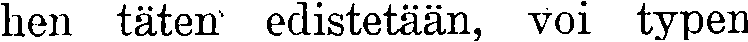
hen täten edistetään, voi typen